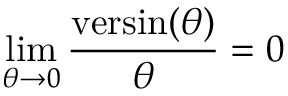
\operatorname* { l i m } _ { \theta \to 0 } { \frac { \operatorname { v e r s i n } ( \theta ) } { \theta } } = 0